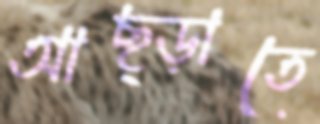
আছ্‌ড়াতে